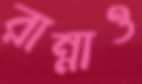
রান্নাও